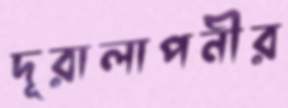
দূরালাপনীর